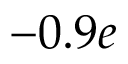
- 0 . 9 e